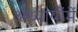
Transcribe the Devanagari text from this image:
अध्यायोंमें